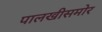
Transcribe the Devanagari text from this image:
पालखीसमोर